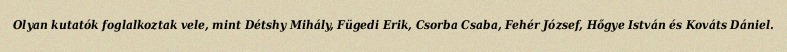
Olyan kutatók foglalkoztak vele, mint Détshy Mihály, Fügedi Erik, Csorba Csaba, Fehér József, Hőgye István és Kováts Dániel.